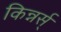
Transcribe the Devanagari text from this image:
किन्नर्स्